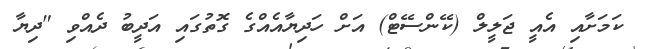
ކަމަށާއި އެއީ ޖަލީލް (ކޭންސޭޓް) އަށް ހަދިޔާއެއްގެ ގޮތުގައި އަދީބު ދެއްވި "ދިޔާ